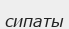
сипаты